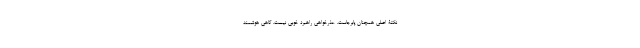
نکتۀ اصلی همچنان پابرجاست. عذرخواهی راهبرد خوبی نیست. گاهی هوشمند